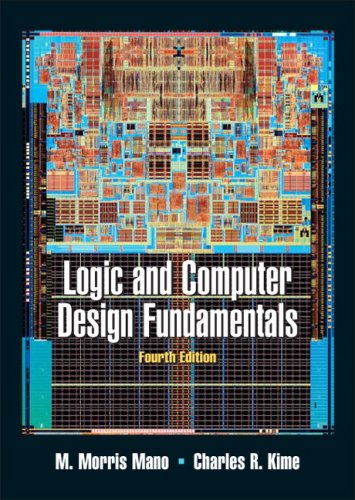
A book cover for Logic and Computer Design Fundamentals (4th Edition); M. Morris R. Mano; Computers & Technology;